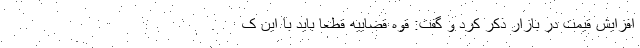
افزایش قیمت در بازار ذکر کرد و گفت: قوه قضاییه قطعا باید با این ک